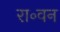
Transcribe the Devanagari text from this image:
रा॰वन